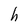
Character: h